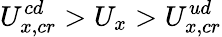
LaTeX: U_{x,cr}^{cd}>U_{x}>U_{x,cr}^{ud}